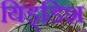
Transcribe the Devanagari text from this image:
यिड्डिश